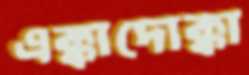
এক্কাদোক্কা